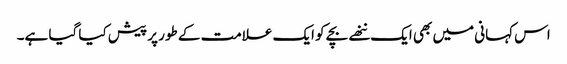
اس کہانی میں بھی ایک ننھے بچے کو ایک علامت کے طور پر پیش کیا گیا ہے۔